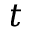
t